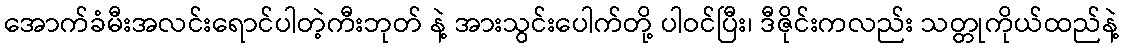
အောက်ခံမီးအလင်းရောင်ပါတဲ့ကီးဘုတ် နဲ့ အားသွင်းပေါက်တို့ ပါဝင်ပြီး၊ ဒီဇိုင်းကလည်း သတ္တုကိုယ်ထည်နဲ့